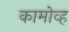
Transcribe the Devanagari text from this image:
कामोव्ह